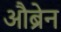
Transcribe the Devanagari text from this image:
औब्रेन